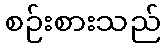
စဉ်းစားသည်